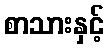
စာသားနှင့်